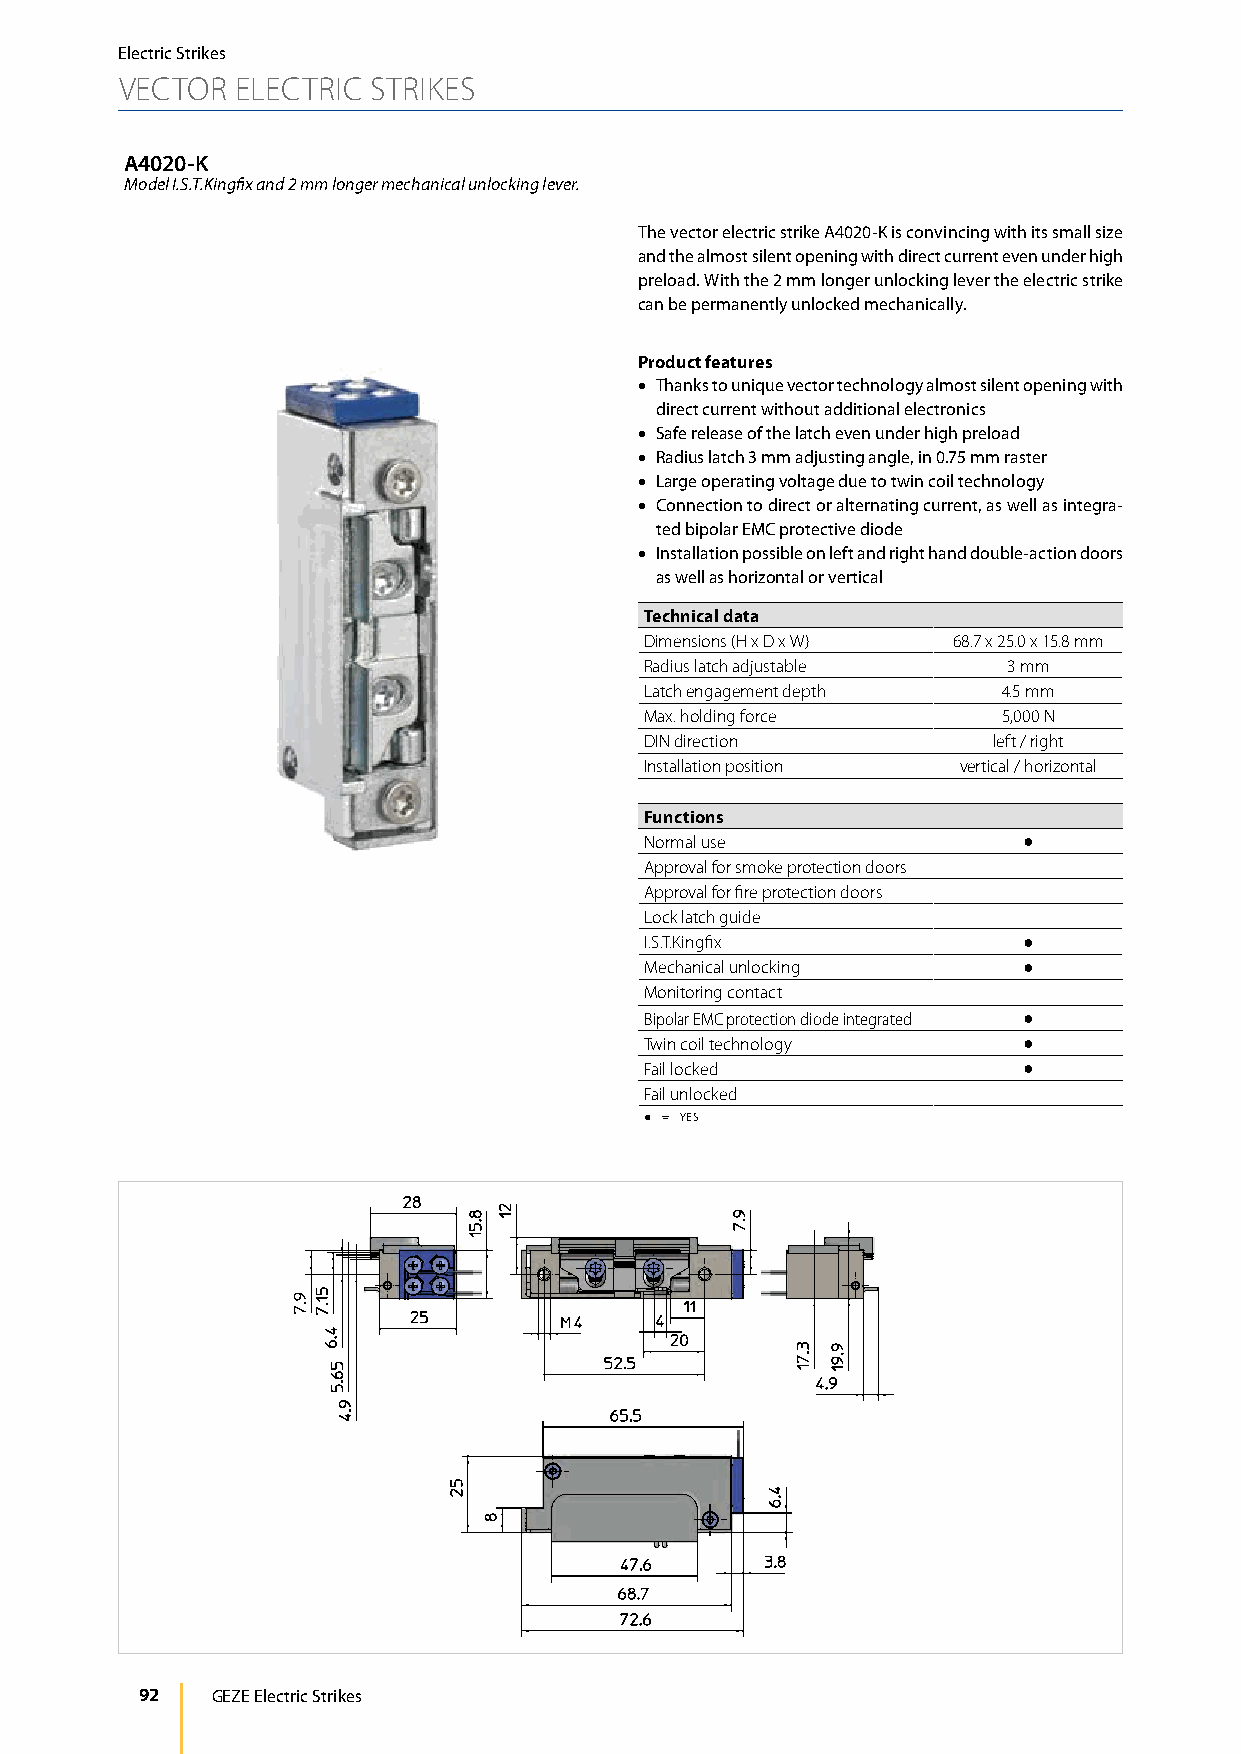
Electric Strikes
 VECTOR  ELECTRIC STRIKES
 A4020-K
 Model I.S.T.Kingfix and 2 mm longer mechanical unlocking lever.
 The vector electric strike A4020-K is convincing with its small size
 and the almost silent opening with direct current even under high
 preload. With the 2 mm longer unlocking lever the electric strike
 can be permanently unlocked mechanically.
 Product features
 • Thanks to unique vector technology almost silent opening with
 direct current without additional electronics
 • Safe release of the latch even under high preload
 • Radius latch 3 mm adjusting angle, in 0.75 mm raster
 • Large operating voltage due to twin coil technology
 • Connection to direct or alternating current, as well as integra-
 ted bipolar EMC protective diode
 • Installation possible on left and right hand double-action doors
 as well as horizontal or vertical
 Technical data
 Dimensions (H x D x W) 68.7 x 25.0 x 15.8 mm
 Radius latch adjustable 3 mm
 Latch engagement depth 4.5 mm
 Max. holding force     5,000 N
 DIN direction          left / right
 Installation position vertical / horizontal
 Functions
 Normal use               ●
 Approval for smoke protection doors
 Approval for fire protection doors
 Lock latch guide
 I.S.T.Kingfix            ●
 Mechanical unlocking     ●
 Monitoring contact
 Bipolar EMC protection diode integrated ●
 Twin coil technology     ●
 Fail locked              ●
 Fail unlocked
 ● = YES
 92   GEZE Electric Strikes